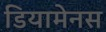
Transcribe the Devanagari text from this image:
डियामेनस